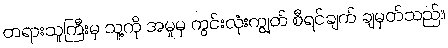
တရားသူကြီးမှ သူ့ကို အမှုမှ ကွင်းလုံးကျွတ် စီရင်ချက် ချမှတ်သည်။